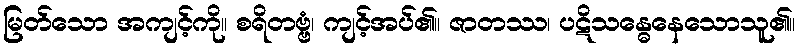
မြတ်သော အကျင့်ကို။ စရိတဗ္ဗံ၊ ကျင့်အပ်၏။ ဇာတဿ၊ ပဋိသန္ဓေနေသောသူ၏။